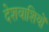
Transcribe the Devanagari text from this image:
देशवाशियों